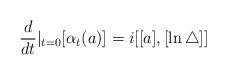
LaTeX: \begin{align*}\frac d{dt}|_{t=0}[\alpha_t(a)]=i[[a],[\ln\bigtriangleup ]]\end{align*}